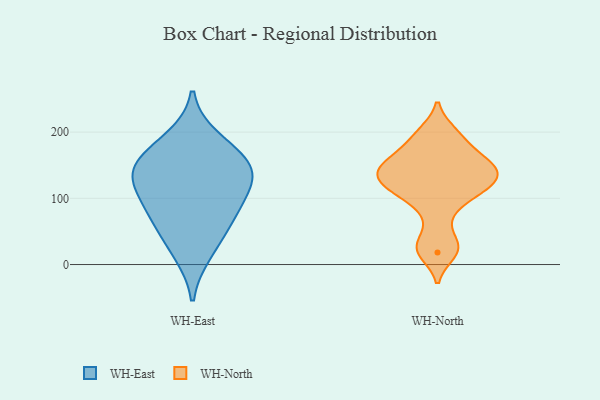
{"axis": {"x": "Active Users", "y": "Value"}, "legend": ["WH-East", "WH-North"], "data": [{"x": "", "y": 143, "type": "WH-East"}, {"x": "", "y": 161, "type": "WH-East"}, {"x": "", "y": 119, "type": "WH-East"}, {"x": "", "y": 90, "type": "WH-East"}, {"x": "", "y": 17, "type": "WH-East"}, {"x": "", "y": 128, "type": "WH-East"}, {"x": "", "y": 76, "type": "WH-East"}, {"x": "", "y": 190, "type": "WH-East"}, {"x": "", "y": 152, "type": "WH-East"}, {"x": "", "y": 54, "type": "WH-East"}, {"x": "", "y": 195, "type": "WH-North"}, {"x": "", "y": 112, "type": "WH-North"}, {"x": "", "y": 154, "type": "WH-North"}, {"x": "", "y": 76, "type": "WH-North"}, {"x": "", "y": 199, "type": "WH-North"}, {"x": "", "y": 145, "type": "WH-North"}, {"x": "", "y": 134, "type": "WH-North"}, {"x": "", "y": 119, "type": "WH-North"}, {"x": "", "y": 26, "type": "WH-North"}, {"x": "", "y": 142, "type": "WH-North"}, {"x": "", "y": 102, "type": "WH-North"}, {"x": "", "y": 150, "type": "WH-North"}, {"x": "", "y": 30, "type": "WH-North"}, {"x": "", "y": 158, "type": "WH-North"}, {"x": "", "y": 118, "type": "WH-North"}, {"x": "", "y": 177, "type": "WH-North"}, {"x": "", "y": 18, "type": "WH-North"}, {"x": "", "y": 127, "type": "WH-North"}]}